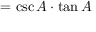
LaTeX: = \csc A \cdot \tan A